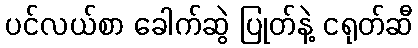
ပင်လယ်စာ ခေါက်ဆွဲ ပြုတ်နဲ့ ငရုတ်ဆီ